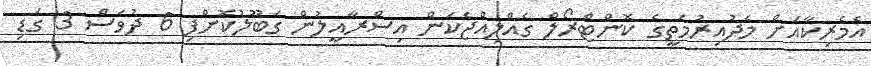
އެމެރިކާއަށް މެދުއިރުމަތީގެ ކޮންޓްރޯލް ގެއްލިއްޖެކަން އިސްރާއީލުން ގަބޫލުކޮށްފި 6 ދުވަސް 3 ގަޑި